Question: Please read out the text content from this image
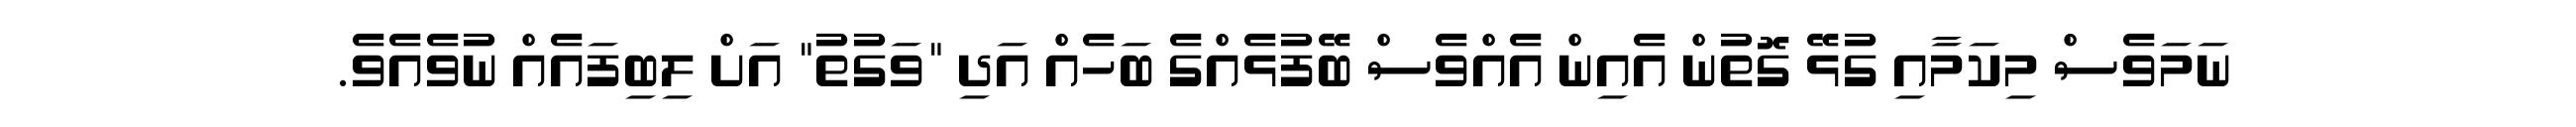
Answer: ނަމަވެސް މިކަމާއި ގުޅޭ ގޮތުން އެއިން އެއްވެސް ބޭފުޅެއްގެ ބަހެއް އަދި "ވަގުތު" އަށް ލިބިފައެއް ނުވެއެވެ.